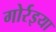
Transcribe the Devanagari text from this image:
गोर्रइया